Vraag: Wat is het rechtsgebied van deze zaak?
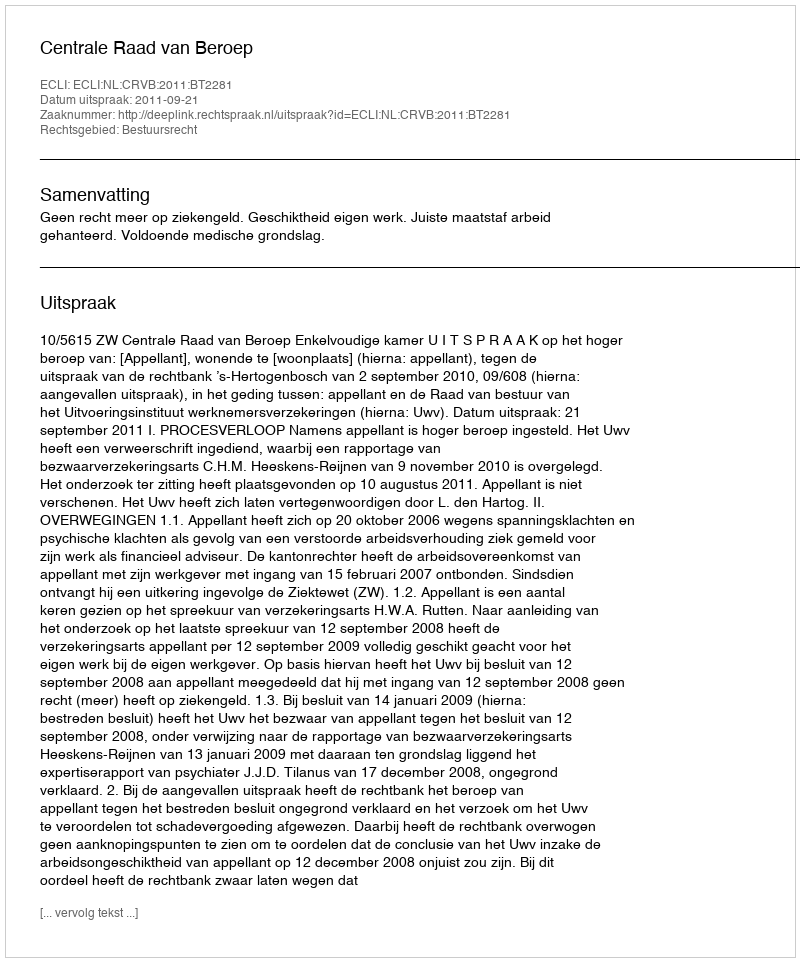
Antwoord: Bestuursrecht